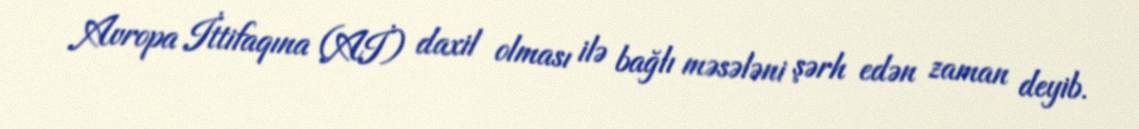
Avropa İttifaqına (Aİ) daxil olması ilə bağlı məsələni şərh edən zaman deyib.